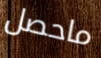
ماحصل